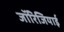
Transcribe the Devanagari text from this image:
जॉरिजियाई